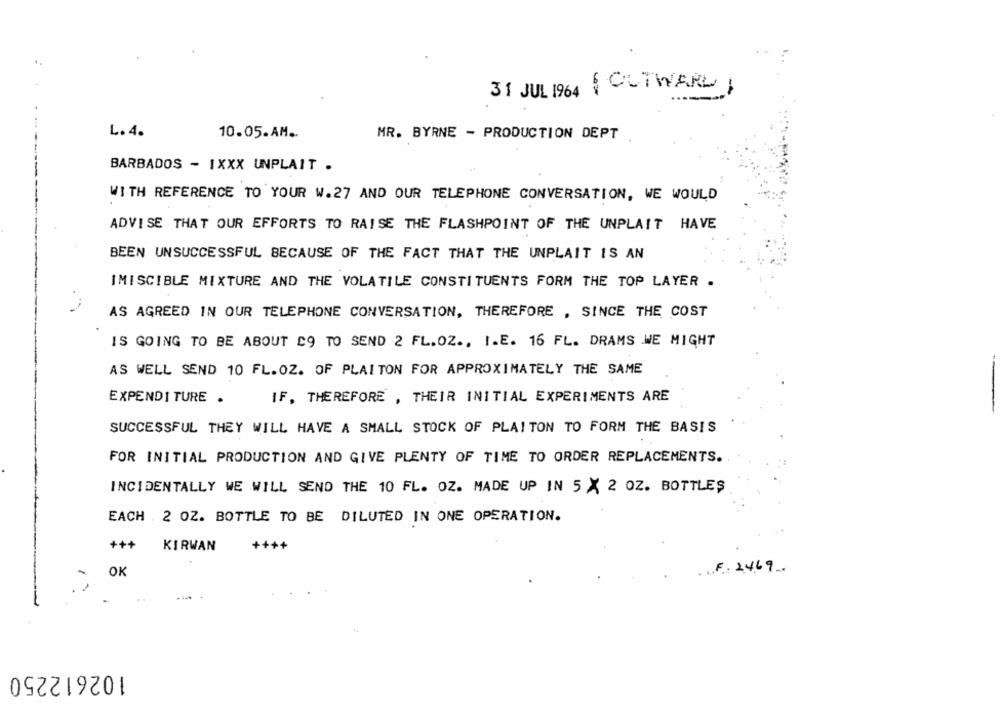
31 JUL 1964 OUTWARD
L. 4.
10.05.AM ..
MR. BYRNE - PRODUCTION DEPT
BARBADOS - IXXX UNPLAIT .
WITH REFERENCE TO YOUR W. 27 AND OUR TELEPHONE CONVERSATION, WE WOULD
ADVISE THAT OUR EFFORTS TO RAISE THE FLASHPOINT OF THE UNPLAIT HAVE
BEEN UNSUCCESSFUL BECAUSE OF THE FACT THAT THE UNPLAIT IS AN
IMISCIBLE MIXTURE AND THE VOLATILE CONSTITUENTS FORM THE TOP LAYER .
AS AGREED IN OUR TELEPHONE CONVERSATION, THEREFORE , SINCE THE COST
IS GOING TO BE ABOUT C9 TO SEND 2 FL.OZ ., I.E. 16 FL. DRAMS WE MIGHT
AS WELL SEND 10 FL.OZ. OF PLAITON FOR APPROXIMATELY THE SAME
EXPENDITURE .
IF, THEREFORE , THEIR INITIAL EXPERIMENTS ARE
SUCCESSFUL THEY WILL HAVE A SMALL STOCK OF PLAITON TO FORM THE BASIS
FOR INITIAL PRODUCTION AND GIVE PLENTY OF TIME TO ORDER REPLACEMENTS.
INCIDENTALLY WE WILL SEND THE 10 FL. OZ. MADE UP IN 5 × 2 OZ. BOTTLES
EACH . 2 OZ. BOTTLE TO BE DILUTED IN ONE OPERATION.
+++
KIRWAN
++++
OK
F. 2469.
102612250